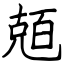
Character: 兡